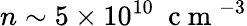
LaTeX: n\sim 5\times 10^{10}~\mathrm{~c~m~}^{-3}